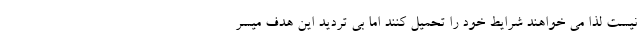
نیست لذا می خواهند شرایط خود را تحمیل کنند اما بی تردید این هدف میسر